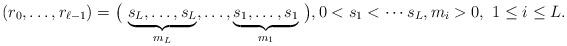
LaTeX: \begin{align*}(r_0, \ldots, r_{\ell-1}) = \big(\, \underbrace{s_L, \ldots, s_L}_{m_L}, \ldots , \underbrace{s_1, \ldots, s_1}_{m_1}\, \big), 0< s_1 < \cdots s_L, m_i >0, \ 1\leq i \leq L.\end{align*}